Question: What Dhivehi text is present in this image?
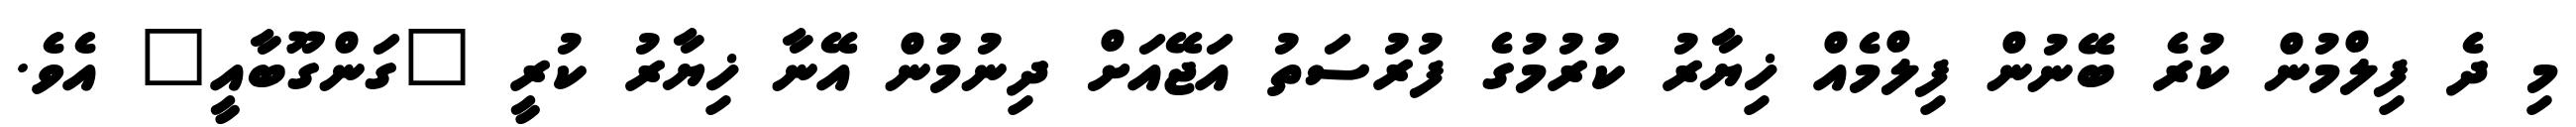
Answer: މި ދެ ފިލްމުން ކުރެ ބޭނުން ފިލްމެއް ޚިޔާރު ކުރުމުގެ ފުރުސަތު އަޖޭއަށް ދިނުމުން އޭނާ ޚިޔާރު ކުރީ "ގަންގޫބާއީ" އެވެ.